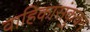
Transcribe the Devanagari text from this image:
वाहिकासंकुचन